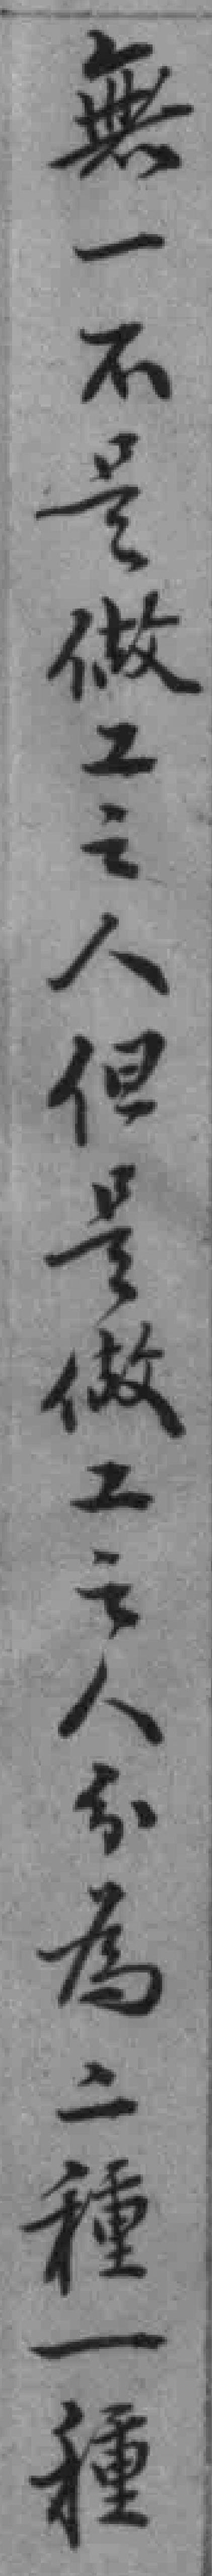
無一不是做工之人但是做工之人分為二種一種